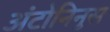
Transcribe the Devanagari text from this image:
अंटोनिनुस